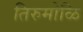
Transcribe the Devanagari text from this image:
तिरुमोळि